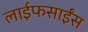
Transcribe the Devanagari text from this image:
लाईफसाईंस